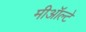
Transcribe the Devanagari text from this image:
मीऑल्टे